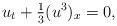
LaTeX: \begin{align*}u_t+\tfrac{1}{3}(u^3)_x=0,\end{align*}